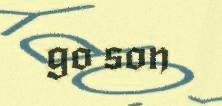
go son